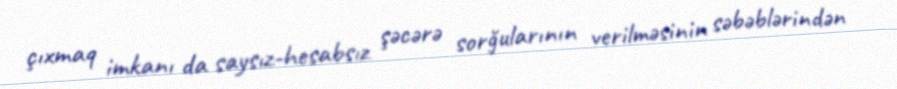
çıxmaq imkanı da saysız-hesabsız şəcərə sorğularının verilməsinin səbəblərindən